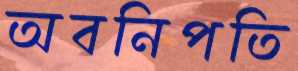
অবনিপতি